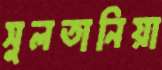
সুলতানিয়া